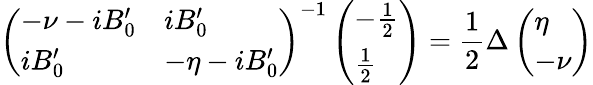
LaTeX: \left(\begin{array}{ll}{-\nu-iB_{0}^{\prime}}&{iB_{0}^{\prime}}\\ {iB_{0}^{\prime}}&{-\eta-iB_{0}^{\prime}}\end{array}\right)^{-1}\left(\begin{array}{l}{-\frac{1}{2}}\\ {\frac{1}{2}}\end{array}\right)=\frac{1}{2}\Delta\left(\begin{array}{l}{\eta}\\ {-\nu}\end{array}\right)